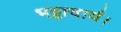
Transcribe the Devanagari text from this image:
भट्टाचार्य।